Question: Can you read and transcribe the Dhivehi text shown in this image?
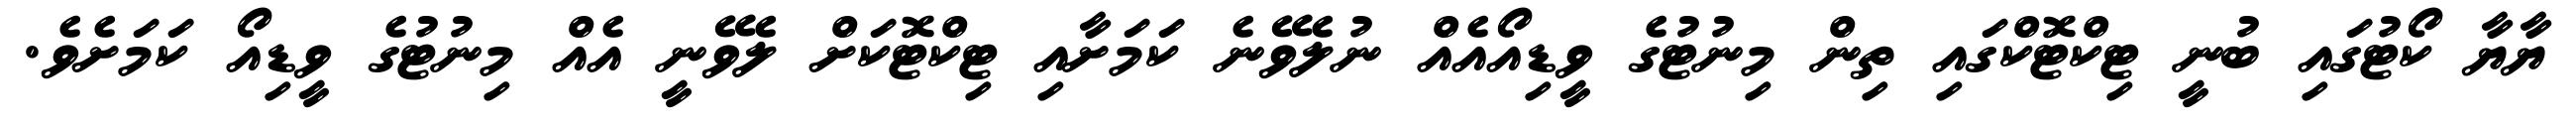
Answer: ޔާޔާ ކޯޓުގައި ބުނީ ޓިކްޓޮކްގައި ތިން މިނުޓުގެ ވީޑިއޯއެއް ނުލެވޭނެ ކަމަށާއި ޓިކްޓޮކަށް ލެވޭނީ އެއް މިނުޓުގެ ވީޑިއޯ ކަމަށެވެ.